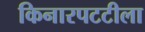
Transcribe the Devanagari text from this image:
किनारपटटीला